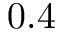
0 . 4